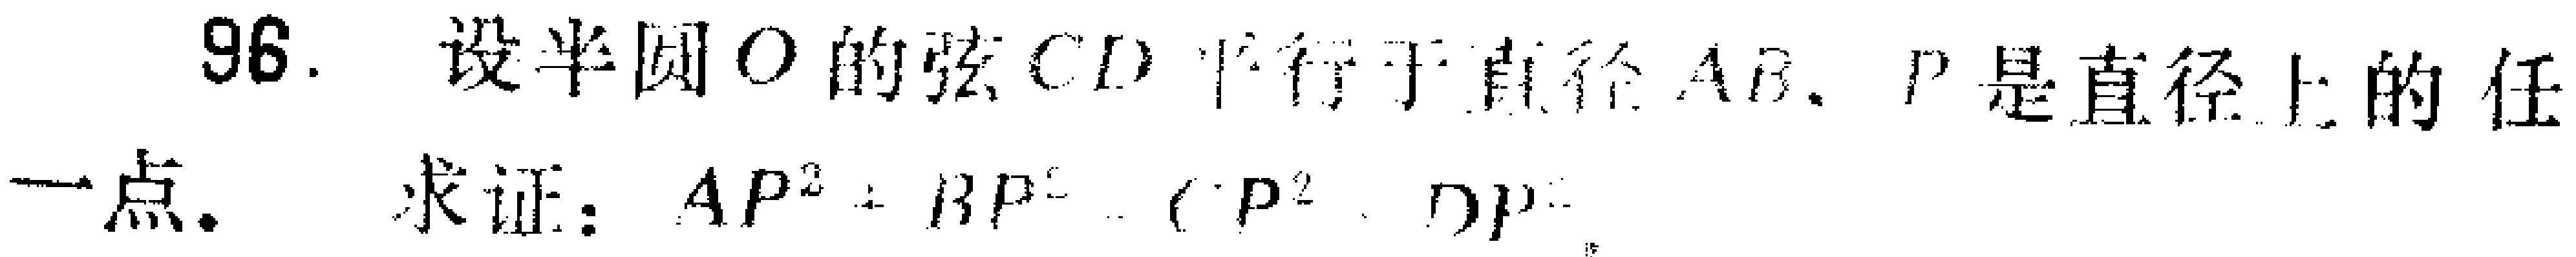
96. 设半圆\(O\)的弦\(CD\)平行于直径\(AB\)，\(P\)是直径上的任

一点.  求证：\(AP^{2}+BP^{2}=CP^{2}+DP^{2}\)